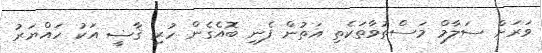
ވަރަށް ސަލާމް މަސްތުވާތަކެތި އަތުން ފެނި ބޮއެގެން ހުރި ޤާޟީ އަކު ހައްޔަރު